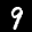
Label: 9